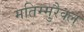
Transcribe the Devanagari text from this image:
मतिम्मुरैक्ल